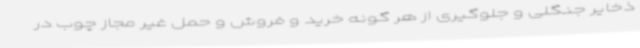
ذخایر جنگلی و جلوگیری از هر گونه خرید و فروش و حمل غیر مجاز چوب در